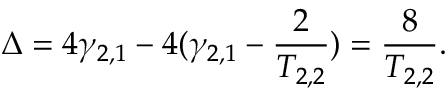
\Delta = 4 \gamma _ { 2 , 1 } - 4 ( \gamma _ { 2 , 1 } - \frac { 2 } { T _ { 2 , 2 } } ) = \frac { 8 } { T _ { 2 , 2 } } .